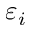
\varepsilon _ { i }